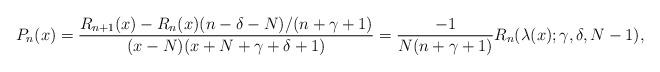
LaTeX: \begin{gather*}P_n(x) = \frac{R_{n+1}(x)-R_n(x)(n-\delta-N)/(n+\gamma+1)}{(x-N)(x+N+\gamma+\delta+1)}= \frac{-1}{N(n+\gamma+1)}R_n(\lambda(x);\gamma,\delta,N-1),\end{gather*}